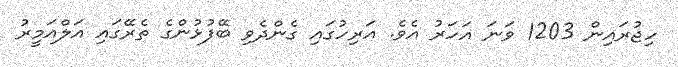
ހިޖުރައިން 1203 ވަނަ އަހަރު އެވެ. އަރިހުގައި ގެންދެވި ބޭފުޅުންގެ ތެރޭގައި އަލްއަމީރު